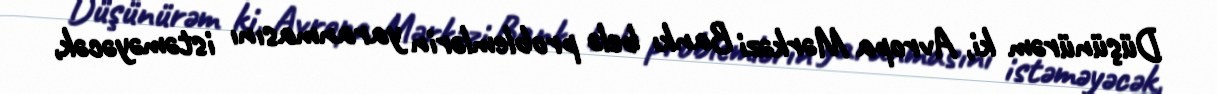
Düşünürəm ki, Avropa Mərkəzi Bankı belə problemlərin yaranmasını istəməyəcək,